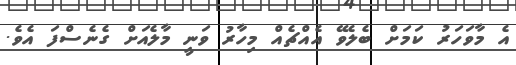
އެ މާވަހަރު ކަމަށް ބެލެވޭ އެއްޗެއް މިހާރު ވަނީ މާލެއަށް ގެނެސްފަ އެވެ.